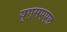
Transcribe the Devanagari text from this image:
यूएसएएफ़